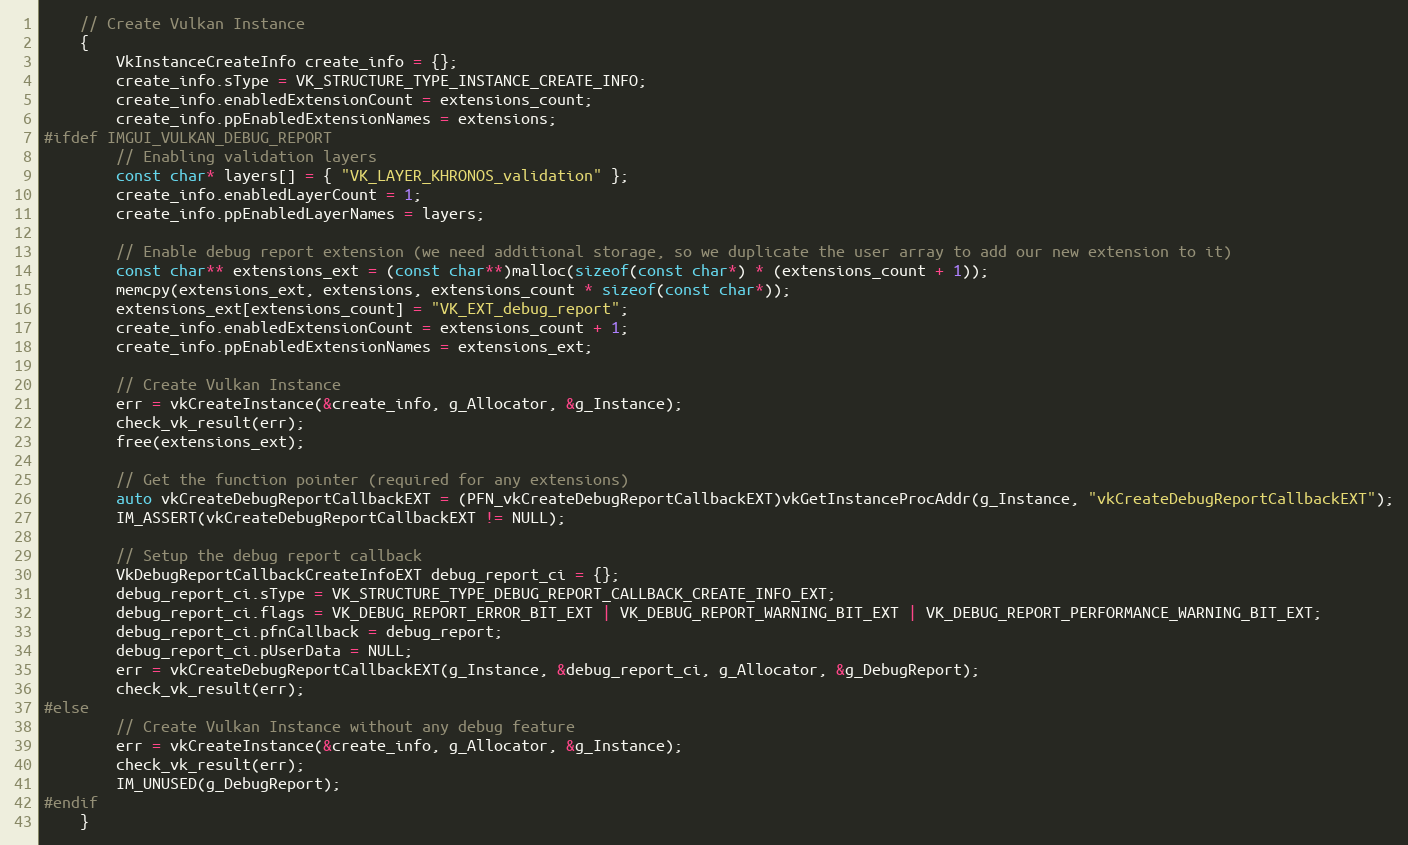
Language: C++
    // Create Vulkan Instance
    {
        VkInstanceCreateInfo create_info = {};
        create_info.sType = VK_STRUCTURE_TYPE_INSTANCE_CREATE_INFO;
        create_info.enabledExtensionCount = extensions_count;
        create_info.ppEnabledExtensionNames = extensions;
#ifdef IMGUI_VULKAN_DEBUG_REPORT
        // Enabling validation layers
        const char* layers[] = { "VK_LAYER_KHRONOS_validation" };
        create_info.enabledLayerCount = 1;
        create_info.ppEnabledLayerNames = layers;

        // Enable debug report extension (we need additional storage, so we duplicate the user array to add our new extension to it)
        const char** extensions_ext = (const char**)malloc(sizeof(const char*) * (extensions_count + 1));
        memcpy(extensions_ext, extensions, extensions_count * sizeof(const char*));
        extensions_ext[extensions_count] = "VK_EXT_debug_report";
        create_info.enabledExtensionCount = extensions_count + 1;
        create_info.ppEnabledExtensionNames = extensions_ext;

        // Create Vulkan Instance
        err = vkCreateInstance(&create_info, g_Allocator, &g_Instance);
        check_vk_result(err);
        free(extensions_ext);

        // Get the function pointer (required for any extensions)
        auto vkCreateDebugReportCallbackEXT = (PFN_vkCreateDebugReportCallbackEXT)vkGetInstanceProcAddr(g_Instance, "vkCreateDebugReportCallbackEXT");
        IM_ASSERT(vkCreateDebugReportCallbackEXT != NULL);

        // Setup the debug report callback
        VkDebugReportCallbackCreateInfoEXT debug_report_ci = {};
        debug_report_ci.sType = VK_STRUCTURE_TYPE_DEBUG_REPORT_CALLBACK_CREATE_INFO_EXT;
        debug_report_ci.flags = VK_DEBUG_REPORT_ERROR_BIT_EXT | VK_DEBUG_REPORT_WARNING_BIT_EXT | VK_DEBUG_REPORT_PERFORMANCE_WARNING_BIT_EXT;
        debug_report_ci.pfnCallback = debug_report;
        debug_report_ci.pUserData = NULL;
        err = vkCreateDebugReportCallbackEXT(g_Instance, &debug_report_ci, g_Allocator, &g_DebugReport);
        check_vk_result(err);
#else
        // Create Vulkan Instance without any debug feature
        err = vkCreateInstance(&create_info, g_Allocator, &g_Instance);
        check_vk_result(err);
        IM_UNUSED(g_DebugReport);
#endif
    }